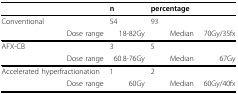
|  | n | percentage |  |
 | --- | --- | --- | --- |
 | Conventional | 54 | 93 |  |
 | Dose range | 18-82Gy | Median | 70Gy/35fx |
 | AFX-CB | 3 | 5 |  |
 | Dose range | 60.8-76Gy | Median | 67Gy |
 | Accelerated hyperfractionation | 1 | 2 |  |
 | Dose range | 60Gy | Median | 60Gy/40fx |